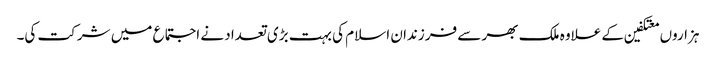
ہزاروں معتکفین کے علاوہ ملک بھر سے فرزندان اسلام کی بہت بڑی تعداد نے اجتماع میں شرکت کی۔